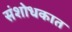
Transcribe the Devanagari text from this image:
संशोधकात